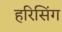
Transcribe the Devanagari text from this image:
हरिसिंग